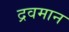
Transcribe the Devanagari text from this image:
द्रवमान